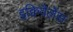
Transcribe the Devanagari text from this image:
इक्विवैलेंस